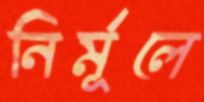
নির্মূলে